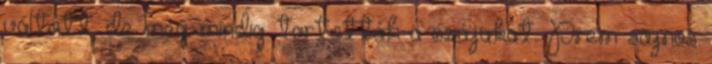
váltott, de még mindig tartották a szájukat. Prem sajnos